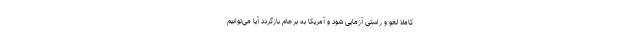
کاملا لغو و راستی آزمایی شود و آمریکا به برجام بازگردد آیا می‌توانیم